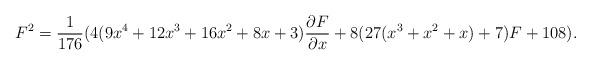
LaTeX: \begin{align*}F^{2}=\frac1{176}(4(9x^{4}+12x^{3}+16x^{2}+8x+3){\partial F\over\partial x}+8(27(x^{3}+x^{2}+x)+7)F+108).\end{align*}